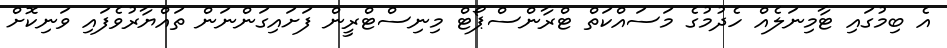
އެ ބިމުގައި ޓާމިނަލެއް ހެދުމުގެ މަސައްކަތް ޓްރާންސްޕޯޓް މިނިސްޓްރީން ފަށައިގަންނަން ތައްޔާރުވެފައި ވަނިކޮށް